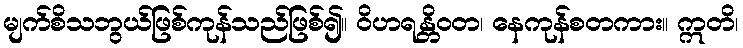
မျက်စိသဘွယ်ဖြစ်ကုန်သည်ဖြစ်၍။ ဝိဟရန္တိဝတ၊ နေကုန်စတကား။ ဣတိ၊